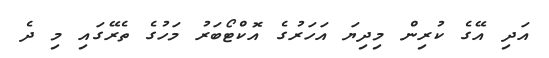
އަދި އޭގެ ކުރިން މިދިޔަ އަހަރުގެ އޮކްޓޯބަރު މަހުގެ ތެރޭގައި މި ދެ